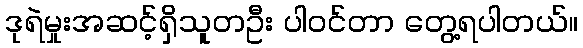
ဒုရဲမှုးအဆင့်ရှိသူတဦး ပါဝင်တာ တွေ့ရပါတယ်။